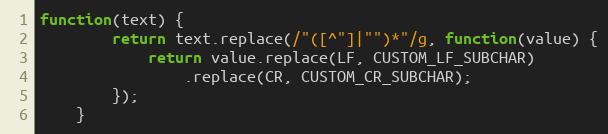
Language: JavaScript
function(text) {
        return text.replace(/"([^"]|"")*"/g, function(value) {
            return value.replace(LF, CUSTOM_LF_SUBCHAR)
                .replace(CR, CUSTOM_CR_SUBCHAR);
        });
    }